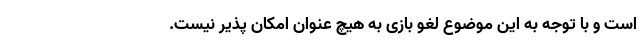
است و با توجه به این موضوع لغو بازی به هیچ عنوان امکان پذیر نیست.